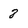
Character: 8